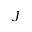
\jmath